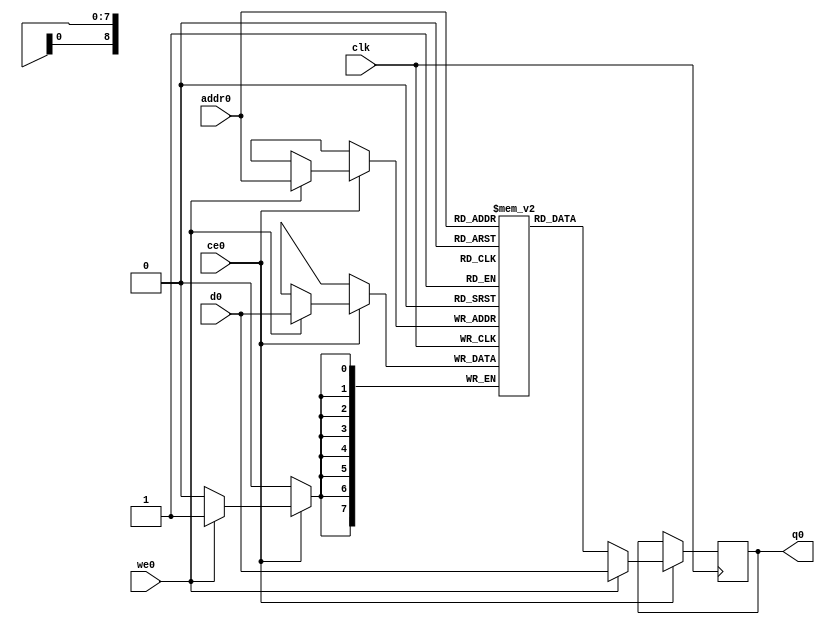
// ==============================================================
// File generated by Vivado(TM) HLS - High-Level Synthesis from C, C++ and SystemC
// Version: 2018.2
// Copyright (C) 1986-2018 Xilinx, Inc. All Rights Reserved.
// 
// ==============================================================

`timescale 1 ns / 1 ps
module matrix_multiply_tdEe_ram (addr0, ce0, d0, we0, q0,  clk);

parameter DWIDTH = 8;
parameter AWIDTH = 9;
parameter MEM_SIZE = 352;

input[AWIDTH-1:0] addr0;
input ce0;
input[DWIDTH-1:0] d0;
input we0;
output reg[DWIDTH-1:0] q0;
input clk;

(* ram_style = "block" *)reg [DWIDTH-1:0] ram[0:MEM_SIZE-1];




always @(posedge clk)  
begin 
    if (ce0) 
    begin
        if (we0) 
        begin 
            ram[addr0] <= d0; 
            q0 <= d0;
        end 
        else 
            q0 <= ram[addr0];
    end
end


endmodule


`timescale 1 ns / 1 ps
module matrix_multiply_tdEe(
    reset,
    clk,
    address0,
    ce0,
    we0,
    d0,
    q0);

parameter DataWidth = 32'd8;
parameter AddressRange = 32'd352;
parameter AddressWidth = 32'd9;
input reset;
input clk;
input[AddressWidth - 1:0] address0;
input ce0;
input we0;
input[DataWidth - 1:0] d0;
output[DataWidth - 1:0] q0;



matrix_multiply_tdEe_ram matrix_multiply_tdEe_ram_U(
    .clk( clk ),
    .addr0( address0 ),
    .ce0( ce0 ),
    .we0( we0 ),
    .d0( d0 ),
    .q0( q0 ));

endmodule